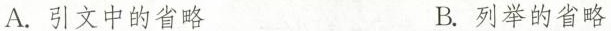
A.引文中的省略 B.列举的省略